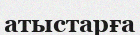
атыстарға